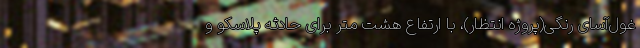
غول‌آسای رنگی(پروژه انتظار)، با ارتفاع هشت متر برای حادثه پلاسکو و